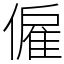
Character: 僱